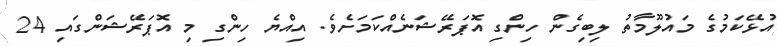
އުޅޭކަމުގެ މައުލޫމާތު ލިބިގެން ހިންގި އޮޕަރޭޝަނެއްކަމަށެވެ. އިއްޔެ ހިންގި މި އޮޕަރޭޝަންގައި 24